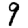
Digit: 9